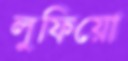
লুফিয়ো